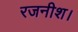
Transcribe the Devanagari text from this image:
रजनीश।